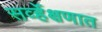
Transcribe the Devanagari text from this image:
सर्व्हेक्षणात